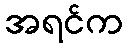
အရင်က